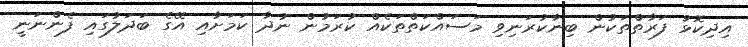
އިދިކޮޅު ފަރާތްތަކުން ބިނާކުރަނިވި މަސައްކަތްތަކެއް ކުރަމުން ނުދާ ކަމަށާއި އޭގެ ބަދަލުގައި ފެންނަނީ